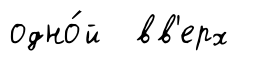
одно́й вв'ерх